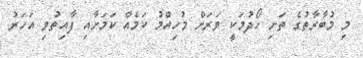
މި މުބާރާތުގެ ތަށި ހޯދުމަކީ ވަރަށް މުހިއްމު ކަމެއް ކަމަށާއި ފާއިތުވި އަހަރު